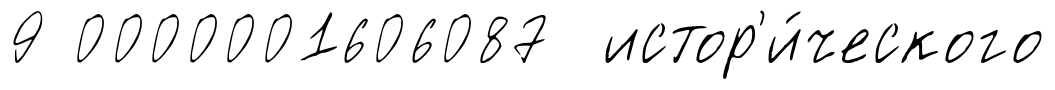
9 0000001606087 истор'и́ческого